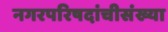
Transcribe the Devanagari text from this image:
नगरपरिषदांचीसंख्या